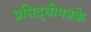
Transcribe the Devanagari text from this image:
प्रसिद्धीपत्रके